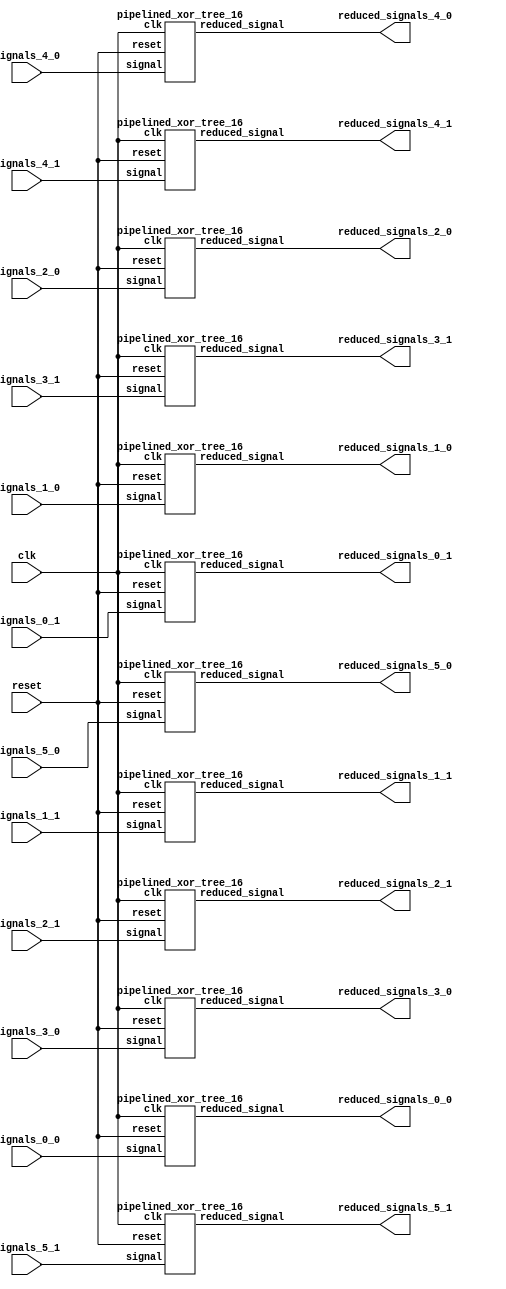
`define SIMULATION_MEMORY

module signal_width_reducer (
	input clk,
	input [15:0] signals_0_0,
	output reduced_signals_0_0,
	input [15:0] signals_0_1,
	output reduced_signals_0_1,
	input [15:0] signals_1_0,
	output reduced_signals_1_0,
	input [15:0] signals_1_1,
	output reduced_signals_1_1,
	input [15:0] signals_2_0,
	output reduced_signals_2_0,
	input [15:0] signals_2_1,
	output reduced_signals_2_1,
	input [15:0] signals_3_0,
	output reduced_signals_3_0,
	input [15:0] signals_3_1,
	output reduced_signals_3_1,
	input [15:0] signals_4_0,
	output reduced_signals_4_0,
	input [15:0] signals_4_1,
	output reduced_signals_4_1,
	input [15:0] signals_5_0,
	output reduced_signals_5_0,
	input [15:0] signals_5_1,
	output reduced_signals_5_1,
	input reset
);

pipelined_xor_tree_16 pipelined_xor_tree_16_inst_0_0 (
	.clk(clk),
	.reset(reset),
	.signal(signals_0_0),
	.reduced_signal(reduced_signals_0_0)
);

pipelined_xor_tree_16 pipelined_xor_tree_16_inst_0_1 (
	.clk(clk),
	.reset(reset),
	.signal(signals_0_1),
	.reduced_signal(reduced_signals_0_1)
);

pipelined_xor_tree_16 pipelined_xor_tree_16_inst_1_0 (
	.clk(clk),
	.reset(reset),
	.signal(signals_1_0),
	.reduced_signal(reduced_signals_1_0)
);

pipelined_xor_tree_16 pipelined_xor_tree_16_inst_1_1 (
	.clk(clk),
	.reset(reset),
	.signal(signals_1_1),
	.reduced_signal(reduced_signals_1_1)
);

pipelined_xor_tree_16 pipelined_xor_tree_16_inst_2_0 (
	.clk(clk),
	.reset(reset),
	.signal(signals_2_0),
	.reduced_signal(reduced_signals_2_0)
);

pipelined_xor_tree_16 pipelined_xor_tree_16_inst_2_1 (
	.clk(clk),
	.reset(reset),
	.signal(signals_2_1),
	.reduced_signal(reduced_signals_2_1)
);

pipelined_xor_tree_16 pipelined_xor_tree_16_inst_3_0 (
	.clk(clk),
	.reset(reset),
	.signal(signals_3_0),
	.reduced_signal(reduced_signals_3_0)
);

pipelined_xor_tree_16 pipelined_xor_tree_16_inst_3_1 (
	.clk(clk),
	.reset(reset),
	.signal(signals_3_1),
	.reduced_signal(reduced_signals_3_1)
);

pipelined_xor_tree_16 pipelined_xor_tree_16_inst_4_0 (
	.clk(clk),
	.reset(reset),
	.signal(signals_4_0),
	.reduced_signal(reduced_signals_4_0)
);

pipelined_xor_tree_16 pipelined_xor_tree_16_inst_4_1 (
	.clk(clk),
	.reset(reset),
	.signal(signals_4_1),
	.reduced_signal(reduced_signals_4_1)
);

pipelined_xor_tree_16 pipelined_xor_tree_16_inst_5_0 (
	.clk(clk),
	.reset(reset),
	.signal(signals_5_0),
	.reduced_signal(reduced_signals_5_0)
);

pipelined_xor_tree_16 pipelined_xor_tree_16_inst_5_1 (
	.clk(clk),
	.reset(reset),
	.signal(signals_5_1),
	.reduced_signal(reduced_signals_5_1)
);

endmodule
module pipelined_xor_tree_16 (
	input clk,
	input reset,
	input [15:0] signal,
	output reduced_signal
);

reg pipeline_0_0;
reg pipeline_0_1;
reg pipeline_0_2;
reg pipeline_1_0;
reg pipeline_1_1;
reg pipeline_1_2;
reg pipeline_2_0;
reg pipeline_2_1;
reg pipeline_2_2;
reg pipeline_3_0;
reg pipeline_3_1;
reg pipeline_3_2;
reg pipeline_4_0;
reg pipeline_4_1;
reg pipeline_4_2;
reg pipeline_5_0;
reg pipeline_5_1;
reg pipeline_5_2;
reg pipeline_6_0;
reg pipeline_6_1;
reg pipeline_6_2;
reg pipeline_7_0;
reg pipeline_7_1;
reg pipeline_7_2;
reg pipeline_8_0;
reg pipeline_8_1;
reg pipeline_8_2;
reg pipeline_9_0;
reg pipeline_9_1;
reg pipeline_9_2;
reg pipeline_10_0;
reg pipeline_10_1;
reg pipeline_10_2;
reg pipeline_11_0;
reg pipeline_11_1;
reg pipeline_11_2;
reg pipeline_12_0;
reg pipeline_12_1;
reg pipeline_12_2;
reg pipeline_13_0;
reg pipeline_13_1;
reg pipeline_13_2;
reg pipeline_14_0;
reg pipeline_14_1;
reg pipeline_14_2;
reg pipeline_15_0;
reg pipeline_15_1;
reg pipeline_15_2;

always @ (posedge clk) begin
	if (reset) begin
		pipeline_0_0 <= 0;
		pipeline_0_1 <= 0;
		pipeline_0_2 <= 0;
		pipeline_1_0 <= 0;
		pipeline_1_1 <= 0;
		pipeline_1_2 <= 0;
		pipeline_2_0 <= 0;
		pipeline_2_1 <= 0;
		pipeline_2_2 <= 0;
		pipeline_3_0 <= 0;
		pipeline_3_1 <= 0;
		pipeline_3_2 <= 0;
		pipeline_4_0 <= 0;
		pipeline_4_1 <= 0;
		pipeline_4_2 <= 0;
		pipeline_5_0 <= 0;
		pipeline_5_1 <= 0;
		pipeline_5_2 <= 0;
		pipeline_6_0 <= 0;
		pipeline_6_1 <= 0;
		pipeline_6_2 <= 0;
		pipeline_7_0 <= 0;
		pipeline_7_1 <= 0;
		pipeline_7_2 <= 0;
		pipeline_8_0 <= 0;
		pipeline_8_1 <= 0;
		pipeline_8_2 <= 0;
		pipeline_9_0 <= 0;
		pipeline_9_1 <= 0;
		pipeline_9_2 <= 0;
		pipeline_10_0 <= 0;
		pipeline_10_1 <= 0;
		pipeline_10_2 <= 0;
		pipeline_11_0 <= 0;
		pipeline_11_1 <= 0;
		pipeline_11_2 <= 0;
		pipeline_12_0 <= 0;
		pipeline_12_1 <= 0;
		pipeline_12_2 <= 0;
		pipeline_13_0 <= 0;
		pipeline_13_1 <= 0;
		pipeline_13_2 <= 0;
		pipeline_14_0 <= 0;
		pipeline_14_1 <= 0;
		pipeline_14_2 <= 0;
		pipeline_15_0 <= 0;
		pipeline_15_1 <= 0;
		pipeline_15_2 <= 0;
	end else begin
		pipeline_0_0 <= signal[15];
		pipeline_1_0 <= signal[14];
		pipeline_2_0 <= signal[13];
		pipeline_3_0 <= signal[12];
		pipeline_4_0 <= signal[11];
		pipeline_5_0 <= signal[10];
		pipeline_6_0 <= signal[9];
		pipeline_7_0 <= signal[8];
		pipeline_8_0 <= signal[7];
		pipeline_9_0 <= signal[6];
		pipeline_10_0 <= signal[5];
		pipeline_11_0 <= signal[4];
		pipeline_12_0 <= signal[3];
		pipeline_13_0 <= signal[2];
		pipeline_14_0 <= signal[1];
		pipeline_15_0 <= signal[0];
		pipeline_0_1 <= pipeline_0_0 ^ pipeline_1_0^ pipeline_2_0 ^ pipeline_3_0;
		pipeline_4_1 <= pipeline_4_0 ^ pipeline_5_0^ pipeline_6_0 ^ pipeline_7_0;
		pipeline_8_1 <= pipeline_8_0 ^ pipeline_9_0^ pipeline_10_0 ^ pipeline_11_0;
		pipeline_12_1 <= pipeline_12_0 ^ pipeline_13_0^ pipeline_14_0 ^ pipeline_15_0;
		pipeline_0_2 <= pipeline_0_1 ^ pipeline_4_1^ pipeline_8_1 ^ pipeline_12_1;
	end
end

assign reduced_signal = pipeline_0_2;

endmodule